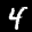
Label: 4